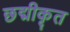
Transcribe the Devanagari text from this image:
छद्मीकृत